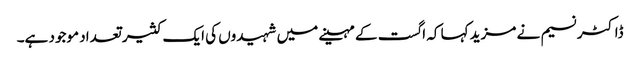
ڈاکٹر نسیم نے مزید کہا کہ اگست کے مہینے میں شہیدوں کی ایک کثیر تعداد موجود ہے۔